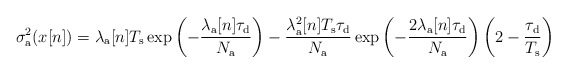
\begin{align*}\sigma_{\rm a}^2 (x[n])=\lambda_\mathrm{a}[n]T_{\rm s} \exp\left(-\frac{\lambda_\mathrm{a} [n]\tau_{\rm d}}{N_{\rm a}}\right)-\frac{\lambda_\mathrm{a}^2 [n]T_{\rm s}\tau_{\rm d}}{N_{\rm a}} \exp\left(-\frac{2\lambda_\mathrm{a} [n]\tau_{\rm d}}{N_{\rm a}}\right)\left(2-\frac{\tau_{\rm d}}{T_{\rm s}}\right)\end{align*}